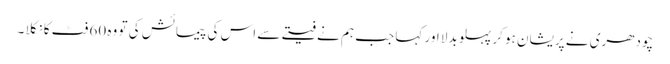
چودھری نے پریشان ہو کر پہلو بدلا اور کہا جب ہم نے فیتے سے اس کی پیمائش کی تو وہ 60 فٹ کا نکلا ۔